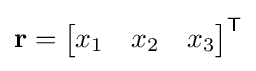
\mathbf {r} ={\begin{bmatrix}x_{1}&x_{2}&x_{3}\end{bmatrix}}^{\mathsf {T}}